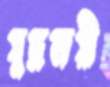
যুদ্ধজয়ী